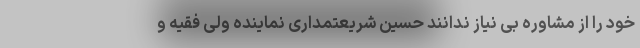
خود را از مشاوره بی نیاز ندانند حسین شریعتمداری نماینده ولی فقیه و